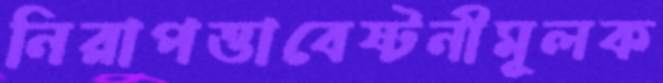
নিরাপত্তাবেষ্টনীমূলক